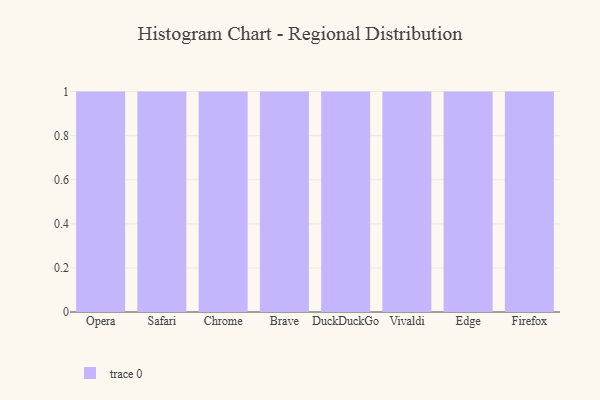
{"axis": {"x": "Browser", "y": "Conversion Rate (%)"}, "legend": [""], "data": [{"x": "Opera", "y": 22, "type": ""}, {"x": "Safari", "y": 21, "type": ""}, {"x": "Chrome", "y": 52, "type": ""}, {"x": "Brave", "y": 58, "type": ""}, {"x": "DuckDuckGo", "y": 42, "type": ""}, {"x": "Vivaldi", "y": 30, "type": ""}, {"x": "Edge", "y": 88, "type": ""}, {"x": "Firefox", "y": 84, "type": ""}]}